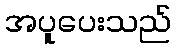
အပူပေးသည်